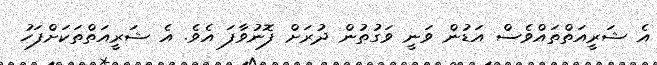
އެ ޝަރީއަތްތައްވެސް އަޑުން ވަނީ ވަގުުތުން ދުރަށް ފޮނުވާފަ އެވެ. އެ ޝަރީއަތްތަކަށްފަހު